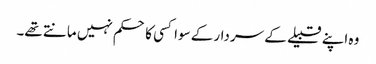
وہ اپنے قبیلے کے سردار کے سوا کسی کا حکم نہیں مانتے تھے۔